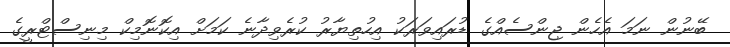
ބޭނުން ނަމަ އެހެން ޖިންސެއްގެ ޑުރައިވަރަކު އިހުތިޔާރު ކުރެވިދާނެ ކަމަށް އިކޮނޮމިކް މިނިސްޓްރީގެ